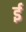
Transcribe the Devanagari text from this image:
र्इ